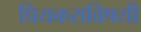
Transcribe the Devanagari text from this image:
प्रियकराविषयी